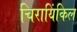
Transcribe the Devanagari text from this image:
चिरायिंकिल